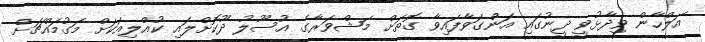
އަލްހާން ވިދާޅުވީ ދީނުގައި އަންގަވާފައިވާ ގޮތަށް މަޝްވަރާގެ އުސޫލު ދޫކޮށްލައި ކުއްލިއަކަށް މަގުމައްޗަށް